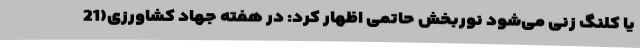
یا کلنگ زنی می‌شود نوربخش حاتمی اظهار کرد: در هفته جهاد کشاورزی(21